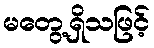
မတွေ့ရှိသဖြင့်